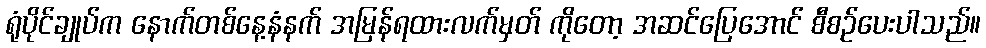
ရုံပိုင်ချုပ်က နောက်တစ်နေ့နံနက် အမြန်ရထားလက်မှတ် ကိုတော့ အဆင်ပြေအောင် စီစဉ်ပေးပါသည်။